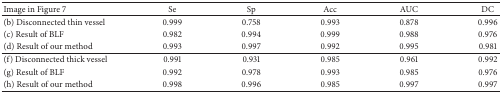
<table><thead><tr><td><b>Image in Figure 7</b></td><td><b> Se </b></td><td><b> Sp </b></td><td><b> Acc </b></td><td><b> AUC </b></td><td><b> DC </b></td></tr></thead><tbody><tr><td>(b) Disconnected thin vessel</td><td>0.999</td><td>0.758</td><td>0.993</td><td>0.878</td><td>0.996</td></tr><tr><td>(c) Result of BLF</td><td>0.982</td><td>0.994</td><td>0.999</td><td>0.988</td><td>0.976</td></tr><tr><td>(d) Result of our method</td><td> 0.993</td><td>0.997</td><td>0.992</td><td>0.995</td><td>0.981</td></tr><tr><td>(f) Disconnected thick vessel</td><td>0.991</td><td>0.931</td><td>0.985</td><td>0.961</td><td>0.992</td></tr><tr><td>(g) Result of BLF</td><td>0.992</td><td>0.978</td><td>0.993</td><td>0.985</td><td>0.976</td></tr><tr><td>(h) Result of our method</td><td>0.998</td><td>0.996</td><td>0.985</td><td>0.997</td><td>0.997</td></tr></tbody></table>